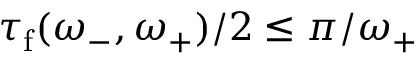
\tau _ { \mathrm { f } } ( \omega _ { - } , \omega _ { + } ) / 2 \leq \pi / \omega _ { + }